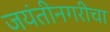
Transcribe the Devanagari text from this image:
जयंतीनगरीचा